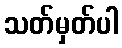
သတ်မှတ်ပါ